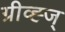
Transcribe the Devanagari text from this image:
ग्रीव्ह्ज्